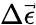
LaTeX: \Delta\vec{\epsilon}